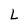
Character: L